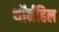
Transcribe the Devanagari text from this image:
थॉर्नहिल